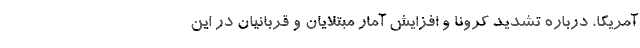
آمریکا، درباره تشدید کرونا و افزایش آمار مبتلایان و قربانیان در این